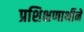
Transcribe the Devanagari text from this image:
प्रशिक्षणार्थीने